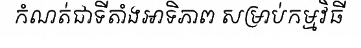
កំណត់ជាទីតាំងអាទិភាព សម្រាប់កម្មវិធី